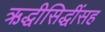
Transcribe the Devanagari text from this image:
ऋद्धीसिद्धींसह